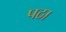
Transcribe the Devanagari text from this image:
पठा